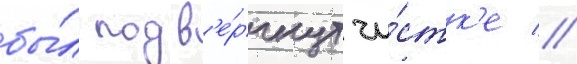
бы́л подв'е́ргнут чи́стк'е //